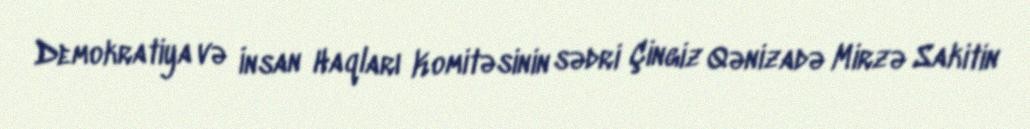
Demokratiya və İnsan Haqları Komitəsinin sədri Çingiz Qənizadə Mirzə Sakitin